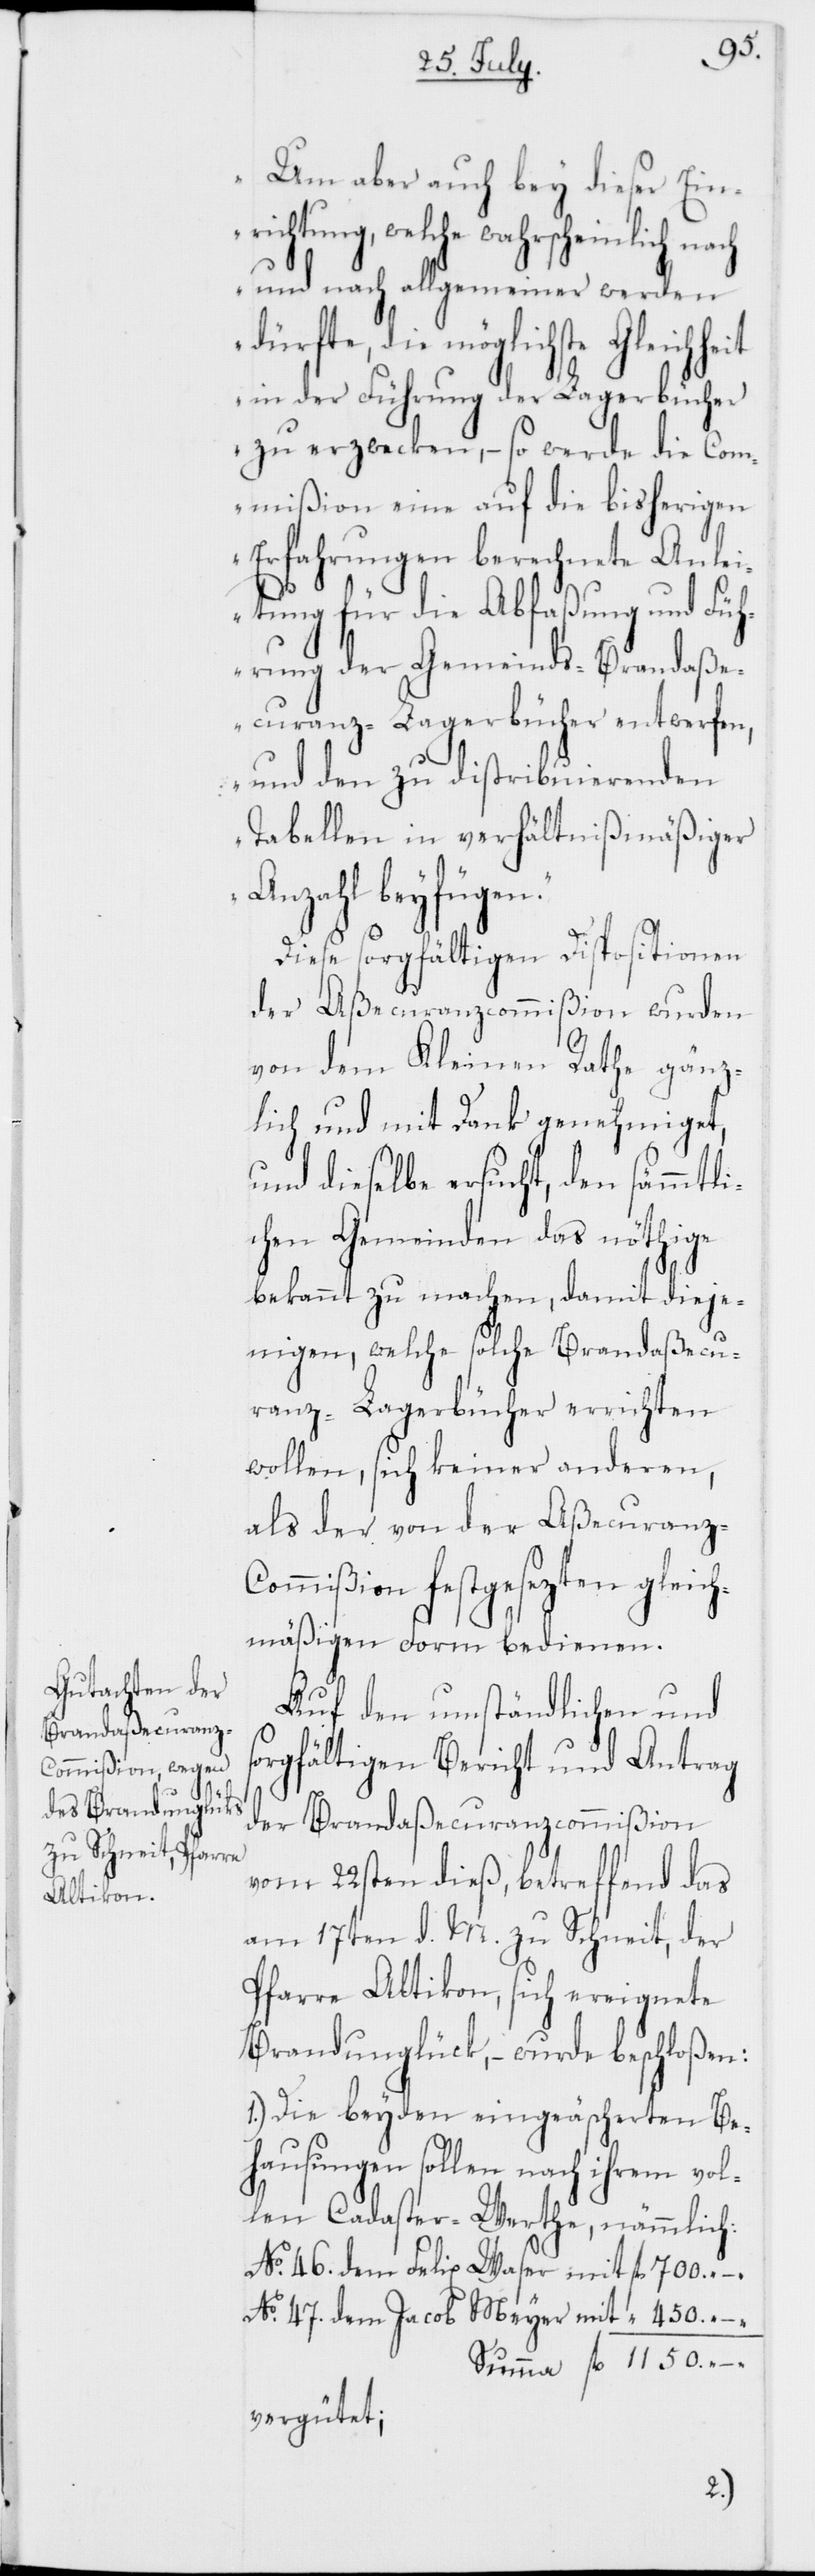
1150.
[„]Um aber auch bey dieser Ein¬
richtung, welche wahrscheinlich nach
und nach allgemeiner werden
dürfte, die möglichste
in der Führung der Lagerbücher
zu erzwecken, – so werde die Com¬
mißion eine auf die bisherigen
Erfahrungen berechnete Anlei¬
tung für die Abfaßung und Füh¬
rung der Gemeinds-Brandaße¬
curanz-Lagerbücher entwerfen,
und den zu distribuierenden
Tabellen in verhältnißmäßiger
Anzahl beyfügen.“
Diese sorgfältigen Dispositionen
der Aßecuranzcommißion wurden
von dem Kleinen Rathe gänz¬
lich und mit Dank genehmiget,
und dieselbe ersucht, den sämmtli¬
chen Gemeinden das nöthige
bekannt zu machen, damit dieje¬
nigen, welche solche Brandaßecu¬
ranz-Lagerbücher errichten
wollen, sich keiner anderen,
als der von der Aßecuranz-C¬
ommißion festgesezten gleich¬
mäßigen Form bedienen.
Auf den umständlichen und
sorgfältigen Bericht und Antrag
der Brandaßecuranzcommißion
vom 22sten dieß, betreffend das
am 17ten d. M. zu Schneit, der
Pfarre Altikon, sich ereignete
Brandunglück, – wurde beschloßen:
1.) Die beyden eingeäschereten Be¬
hausungen sollen nach ihrem vol¬
len Cadaster-Werthe, nämmlich:
No 46. dem Felix Waser mit
No 47. dem Jacob Meyer mit
vergütet;